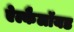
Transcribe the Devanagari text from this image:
ऐल्कैलॉयड